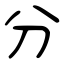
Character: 分